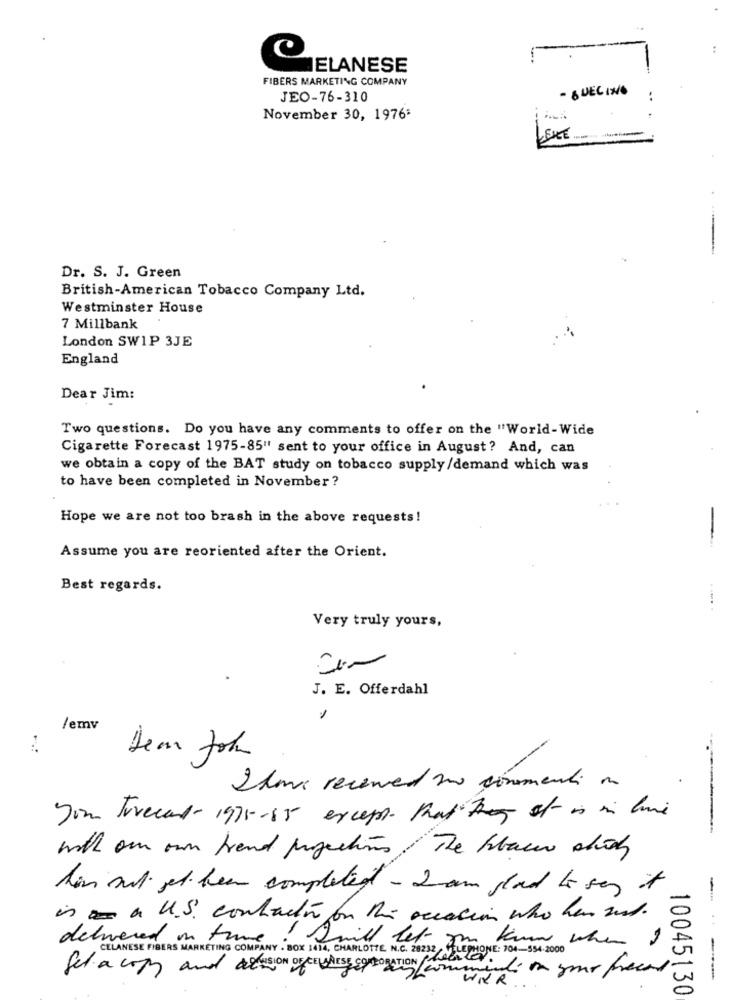
-
C
ELANESE
FIBERS MARKETING COMPANY
- QUECINO
JEO-76-310
..
November 30, 1976ª
LEKE
Dr. S. J. Green
British-American Tobacco Company Ltd.
Westminster House
7 Millbank
London SW1P 3JE
England
Dear Jim:
Two questions. Do you have any comments to offer on the "World-Wide
Cigarette Forecast 1975-85"' sent to your office in August? And, can
we obtain a copy of the BAT study on tobacco supply /demand which was
to have been completed in November ?
Hope we are not too brash in the above requests!
-
Assume you are reoriented after the Orient.
Best regards.
Very truly yours,
J. E. Offerdahl
/emv
Dem John
2horas reserved une commenti no
You Torecord-1995-65 except that They st is in live
with our own trend projections The hlaer sich
hin sul jet been completed - I am glad to say it
in a U.S. contraction on the occasion who har mut.
delivered on time
CELANESE FIBERS MARKETING COMPANY . BOX 1414, CHARLOTTE N.C:275 Pt Kann when I
Swill let
CatLEPHONE: 704-354.2000
Set a copy and arasion DECELAISE CORPORATION
---
10045130